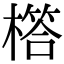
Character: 㯚